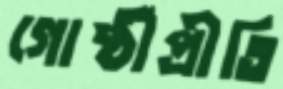
গোষ্ঠীপ্রীতি